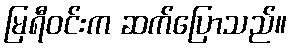
မြရီဝင်းက ဆက်ပြောသည်။